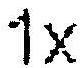
1X